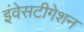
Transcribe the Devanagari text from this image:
इंवेसटीगेशन